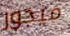
ميجور